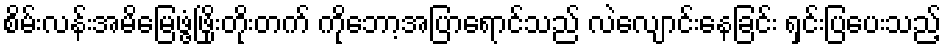
စိမ်းလန်းအမိမြေဖွံ့ဖြိုးတိုးတက် ကိုဘော့အပြာရောင်သည် လဲလျောင်းနေခြင်း ရှင်းပြပေးသည့်